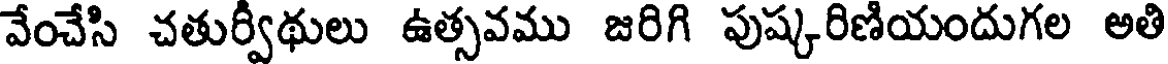
వేంచేసి చతుర్వీథులు ఉత్సవము జరిగి పుష్కరిణియందుగల అతి